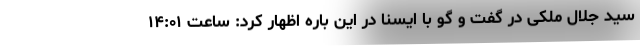
سید جلال ملکی در گفت و گو با ایسنا در این باره اظهار کرد: ساعت ١۴:٠١